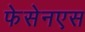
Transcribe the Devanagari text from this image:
फेसेनएस